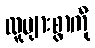
လူများစွာကို